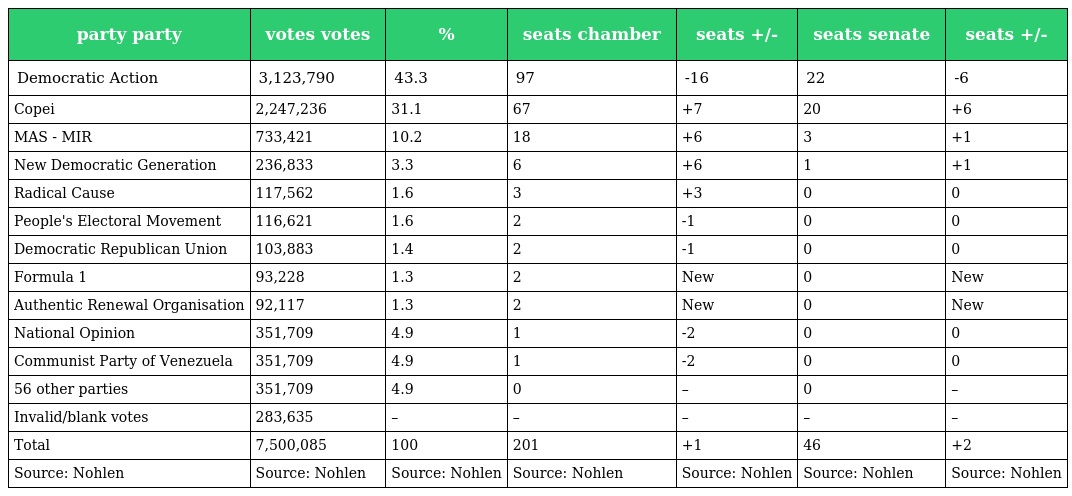
| party party | votes votes | % | seats chamber | seats +/- | seats senate | seats +/- |
 | --- | --- | --- | --- | --- | --- | --- |
 | Democratic Action | 3,123,790 | 43.3 | 97 | -16 | 22 | -6 |
 | Copei | 2,247,236 | 31.1 | 67 | +7 | 20 | +6 |
 | MAS - MIR | 733,421 | 10.2 | 18 | +6 | 3 | +1 |
 | New Democratic Generation | 236,833 | 3.3 | 6 | +6 | 1 | +1 |
 | Radical Cause | 117,562 | 1.6 | 3 | +3 | 0 | 0 |
 | People's Electoral Movement | 116,621 | 1.6 | 2 | -1 | 0 | 0 |
 | Democratic Republican Union | 103,883 | 1.4 | 2 | -1 | 0 | 0 |
 | Formula 1 | 93,228 | 1.3 | 2 | New | 0 | New |
 | Authentic Renewal Organisation | 92,117 | 1.3 | 2 | New | 0 | New |
 | National Opinion | 351,709 | 4.9 | 1 | -2 | 0 | 0 |
 | Communist Party of Venezuela | 351,709 | 4.9 | 1 | -2 | 0 | 0 |
 | 56 other parties | 351,709 | 4.9 | 0 | – | 0 | – |
 | Invalid/blank votes | 283,635 | – | – | – | – | – |
 | Total | 7,500,085 | 100 | 201 | +1 | 46 | +2 |
 | Source: Nohlen | Source: Nohlen | Source: Nohlen | Source: Nohlen | Source: Nohlen | Source: Nohlen | Source: Nohlen |